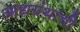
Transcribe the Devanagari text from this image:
आद्यग्रंथाची